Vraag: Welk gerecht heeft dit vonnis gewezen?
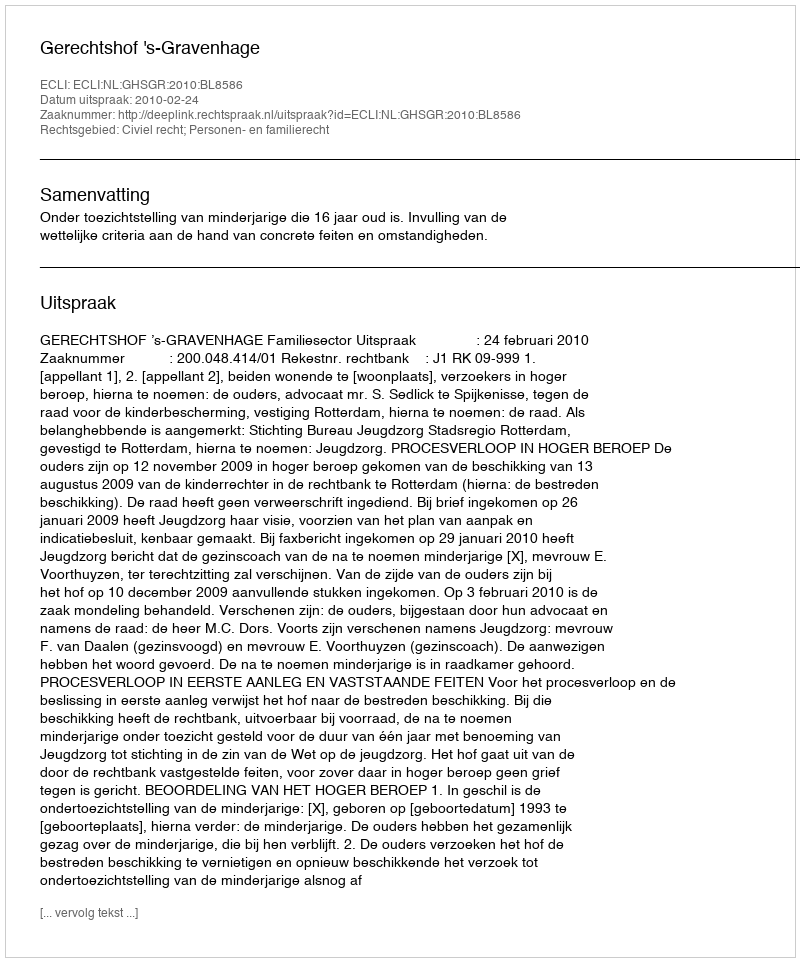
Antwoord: Gerechtshof 's-Gravenhage